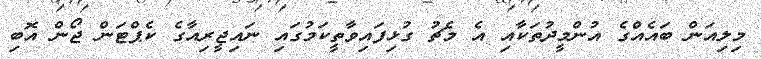
މިލިއަން ބައެއްގެ އުންމީދުތަކާއި އެ މެޗު ގުޅިފައިވާތީކަމުގައި ނައިޖީރިއާގެ ކެޕްޓަން ޖޯން އޮބި